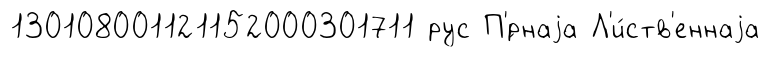
130108001121152000301711 рус П'́рнаjа Л'и́ств'еннаjа